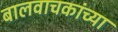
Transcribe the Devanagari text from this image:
बालवाचकांच्या